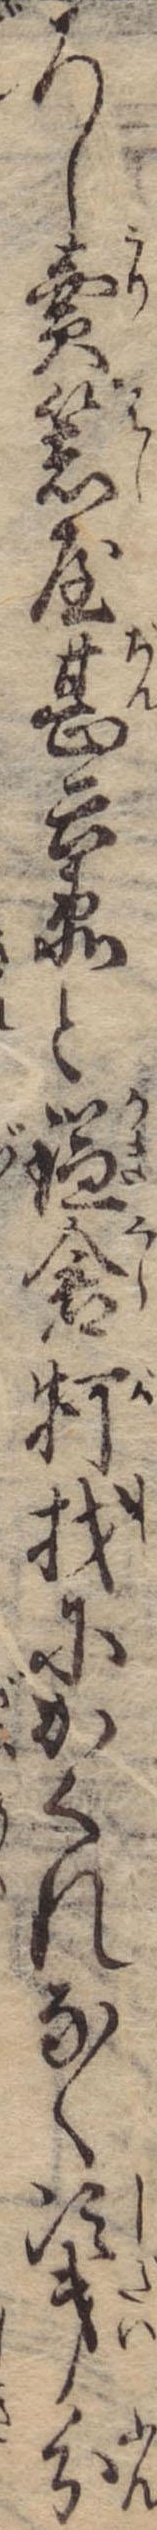
ろし売箸屋甚兵衛と鎌倉柯找にかくれなく次第分